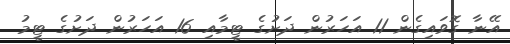
އޭނާ ގޮވައިގެން 11 އަހަރުން ދަށުގެ ޓީމާއި 16 އަހަރުން ދަށުގެ ޓީމު